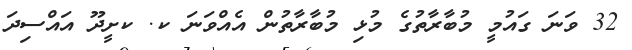
32 ވަނަ ގައުމީ މުބާރާތުގެ މުޅި މުބާރާތުން އެއްވަަނަ ކ. ކށީދޫ އައްސިދަ